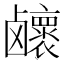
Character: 𱊽